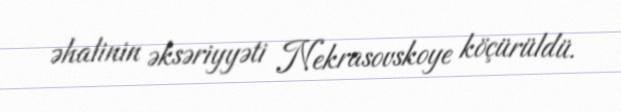
əhalinin əksəriyyəti Nekrasovskoye köçürüldü.